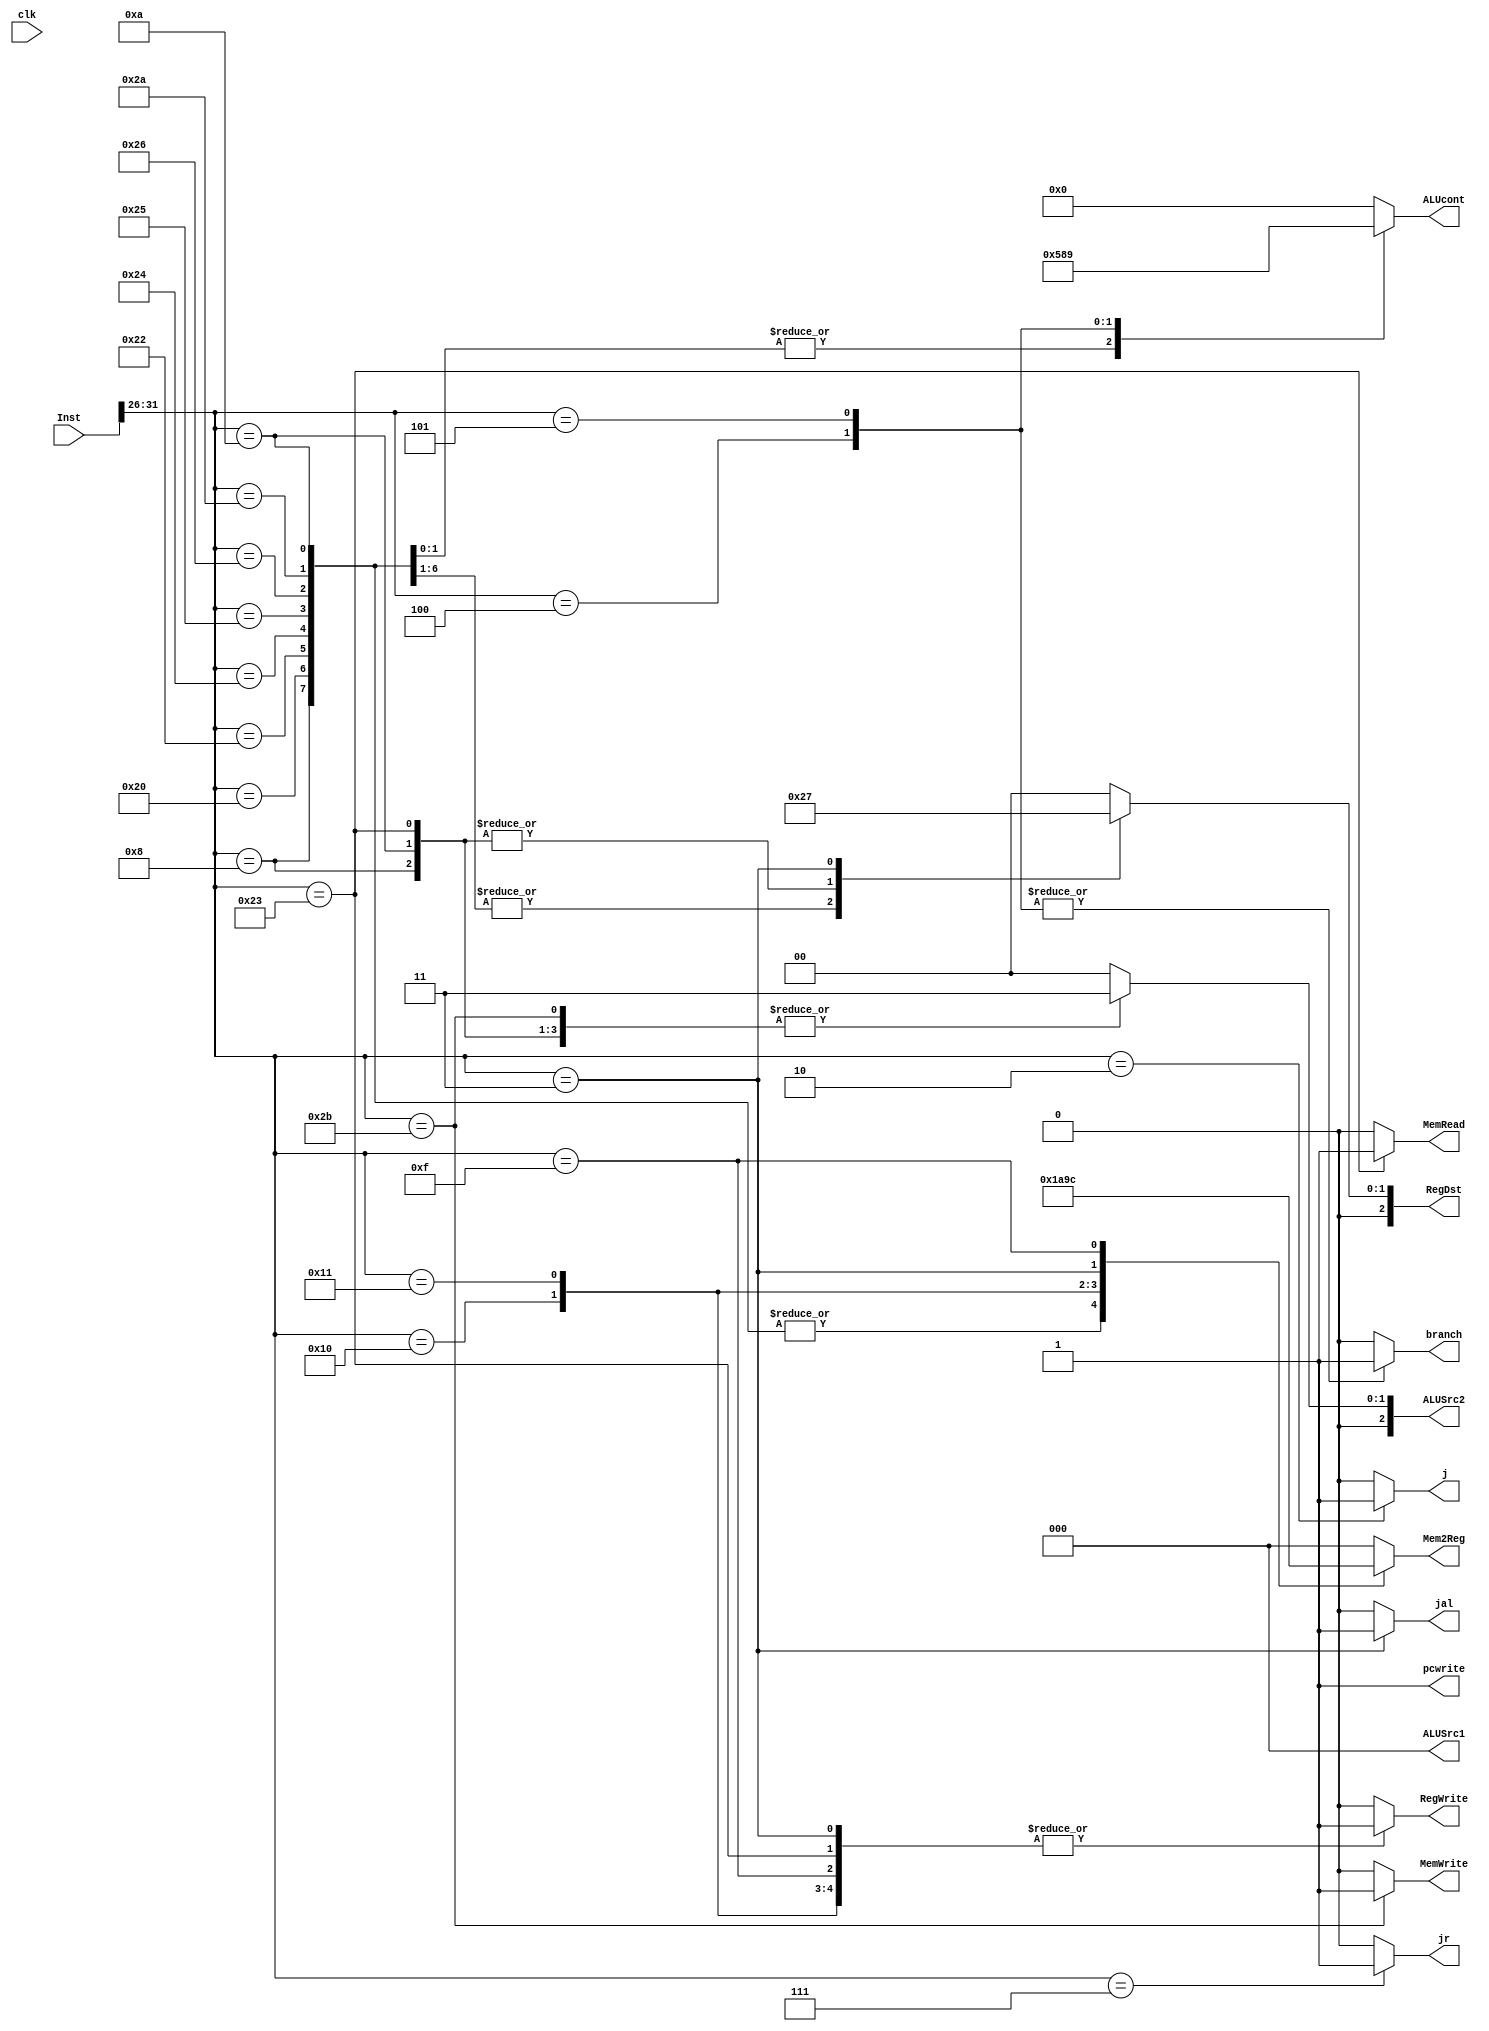
module CU(input [31:0] Inst,
		input clk,
		output reg pcwrite, RegWrite, branch, MemWrite, MemRead, j, jr, jal, 
		output reg [3:0] ALUcont,
		output reg [2:0] ALUSrc1, ALUSrc2, Mem2Reg, RegDst);

		reg [3:0] ps, ns;

		initial begin
    			{pcwrite , RegWrite, branch, MemWrite, MemRead, j, jr, jal}<=8'b10000000;
   			ALUcont<=4'b0;
			ALUSrc1 <= 3'b0;
			ALUSrc2 <= 3'b0;
			Mem2Reg <= 3'b0;
			RegDst <= 3'b0;
   			ps <= 0;
    			ns <= 1;
  		end
		always@(Inst)begin
			{pcwrite , RegWrite, branch, MemWrite, MemRead, j, jr, jal}<=8'b10000000;
   			ALUcont<=4'b0;
			ALUSrc1 <= 3'b0;
			ALUSrc2 <= 3'b0;
			Mem2Reg <= 3'b0;
			RegDst <= 3'b0;
			 case(Inst[31:26])
				6'b001000: begin//addi
					ALUSrc2 <= 3;
					RegWrite <= 1;
					Mem2Reg <= 1;
					RegDst <= 1;
					//ns
				end
				6'b100000: begin//add
					RegWrite <= 1;
					Mem2Reg <= 1;
					RegDst <= 2;
					//ns
				end
				6'b100010: begin//sub
					RegWrite <= 1;
					Mem2Reg <= 1;
					RegDst <= 2;
					//ns
				end
				6'b100100: begin//and
					RegWrite <= 1;
					Mem2Reg <= 1;
					RegDst <= 2;
					//ns
				end
				6'b100101: begin//or
					RegWrite <= 1;
					Mem2Reg <= 1;
					RegDst <= 2;
					//ns
				end
				6'b100110: begin//xor
					RegWrite <= 1;
					Mem2Reg <= 1;
					RegDst <= 2;
					//ns
				end
				6'b101010: begin//slt
					RegWrite <= 1;
					Mem2Reg <= 1;
					RegDst <= 2;
					ALUcont <= 4'b0101;
					//ns
				end
				6'b001010: begin//slti
					ALUSrc2 <= 3;
					RegWrite <= 1;
					Mem2Reg <= 1;
					RegDst <= 1;
					ALUcont <= 4'b0101;
					//ns
				end
				6'b011000: begin//mult
					
					//ns
				end
				6'b011010: begin//div
					
					//ns
				end
				6'b100011:begin//lw
					RegWrite <= 1;
					MemRead <= 1;
					ALUSrc2 <= 3;
					RegDst <= 1;
					//ns
				end
				6'b101011:begin//sw
					MemWrite <= 1;
					ALUSrc2 <= 3;
					//ns
				end
				6'b010000:begin//mflo
					RegDst <= 0;
					RegWrite <= 1;
					Mem2Reg <= 5;
					//ns
				end
				6'b010001:begin//mfhi
					RegDst <= 0;
					RegWrite <= 1;
					Mem2Reg <= 2;
					//ns 
				end
				6'b000010:begin//j
					j <= 1;
					//ns
				end
				6'b000011:begin//jal
					RegWrite <= 1;
					Mem2Reg <= 3;
					RegDst <= 3;
					jal <= 1;
					//ns
				end
				6'b000111:begin//jr
					jr <= 1;
					//ns
				end
				6'b000100:begin//beq
					branch <= 1;
					ALUcont <= 4'd8;
					//ns
				end
				6'b000101:begin//bne
					branch <= 1;
					ALUcont <= 4'd9;
					//ns
				end
				6'b001111:begin//lui
					RegDst <= 0;
					RegWrite <= 1;
					Mem2Reg <= 4;
					//ns
				end
			endcase
		end
endmodule